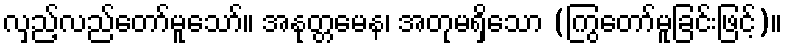
လှည့်လည်တော်မူသော်။ အနုတ္တမေန၊ အတုမရှိသော (ကြွတော်မူခြင်းဖြင့်)။